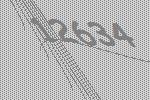
12634